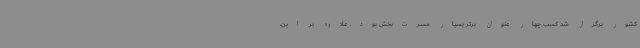
کشور برگزار شد کسب چهار عنوان برتر بسیار مسرت‌بخش بود. علاوه بر این،